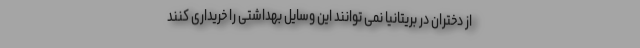
از دختران در بریتانیا نمی توانند این وسایل بهداشتی را خریداری کنند